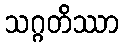
သဂ္ဂတိဿာ